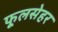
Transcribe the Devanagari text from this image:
फूलसेहर